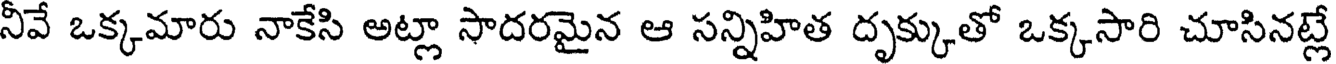
నీవే ఒక్కమారు నాకేసి అట్లా సాదరమైన ఆ సన్నిహిత దృక్కుతో ఒక్కసారి చూసినట్లే